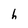
Character: h